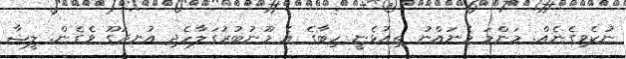
ނުކެވިގެނެއް. މަންމަ މެނައްނު ތިއުޅެނީ ހިބާގެ އެ މޫނުބުރުގަލާހެދި އުނދަގޫ ވެގެން. ލީޝާ